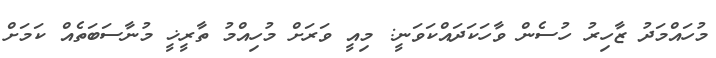
މުހައްމަދު ޒާހިރު ހުސެން ވާހަކަދައްކަވަނީ: މިއީ ވަރަށް މުހިއްމު ތާރީޚީ މުނާސަބަތެއް ކަމަށް